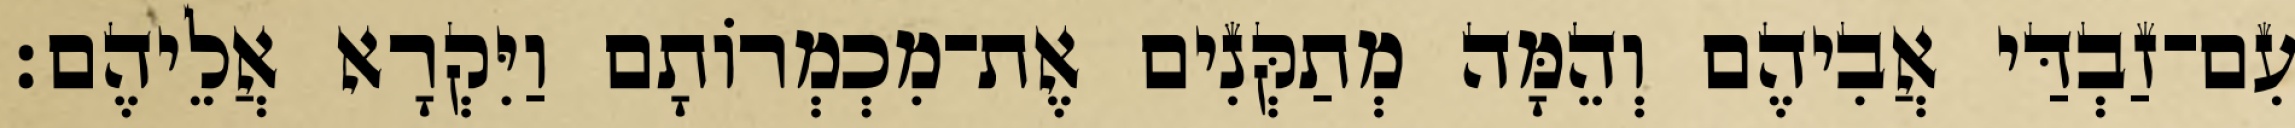
עִם־זַבְדַּי אֲבִיהֶם וְהֵמָּה מְתַקְּנִים אֶת־מִכְמְרוֹתָם וַיִּקְרָא אֲלֵיהֶם׃